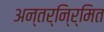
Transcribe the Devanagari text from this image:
अन्तर्नि्र्मित